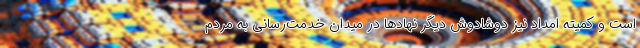
است و کمیته امداد نیز دوشادوش دیگر نهادها در میدان خدمت‌رسانی به مردم